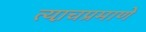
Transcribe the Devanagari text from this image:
त्या़चप्रमाणे